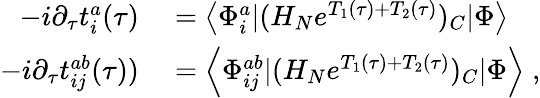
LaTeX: \begin{array}{rl}{-i\partial_{\tau}t_{i}^{a}(\tau)}&{{}=\left<\Phi_{i}^{a}|(H_{N}e^{T_{1}(\tau)+T_{2}(\tau)})_{C}|\Phi\right>}\\ {-i\partial_{\tau}t_{ij}^{ab}(\tau))}&{{}=\left<\Phi_{ij}^{ab}|(H_{N}e^{T_{1}(\tau)+T_{2}(\tau)})_{C}|\Phi\right>\; ,}\end{array}